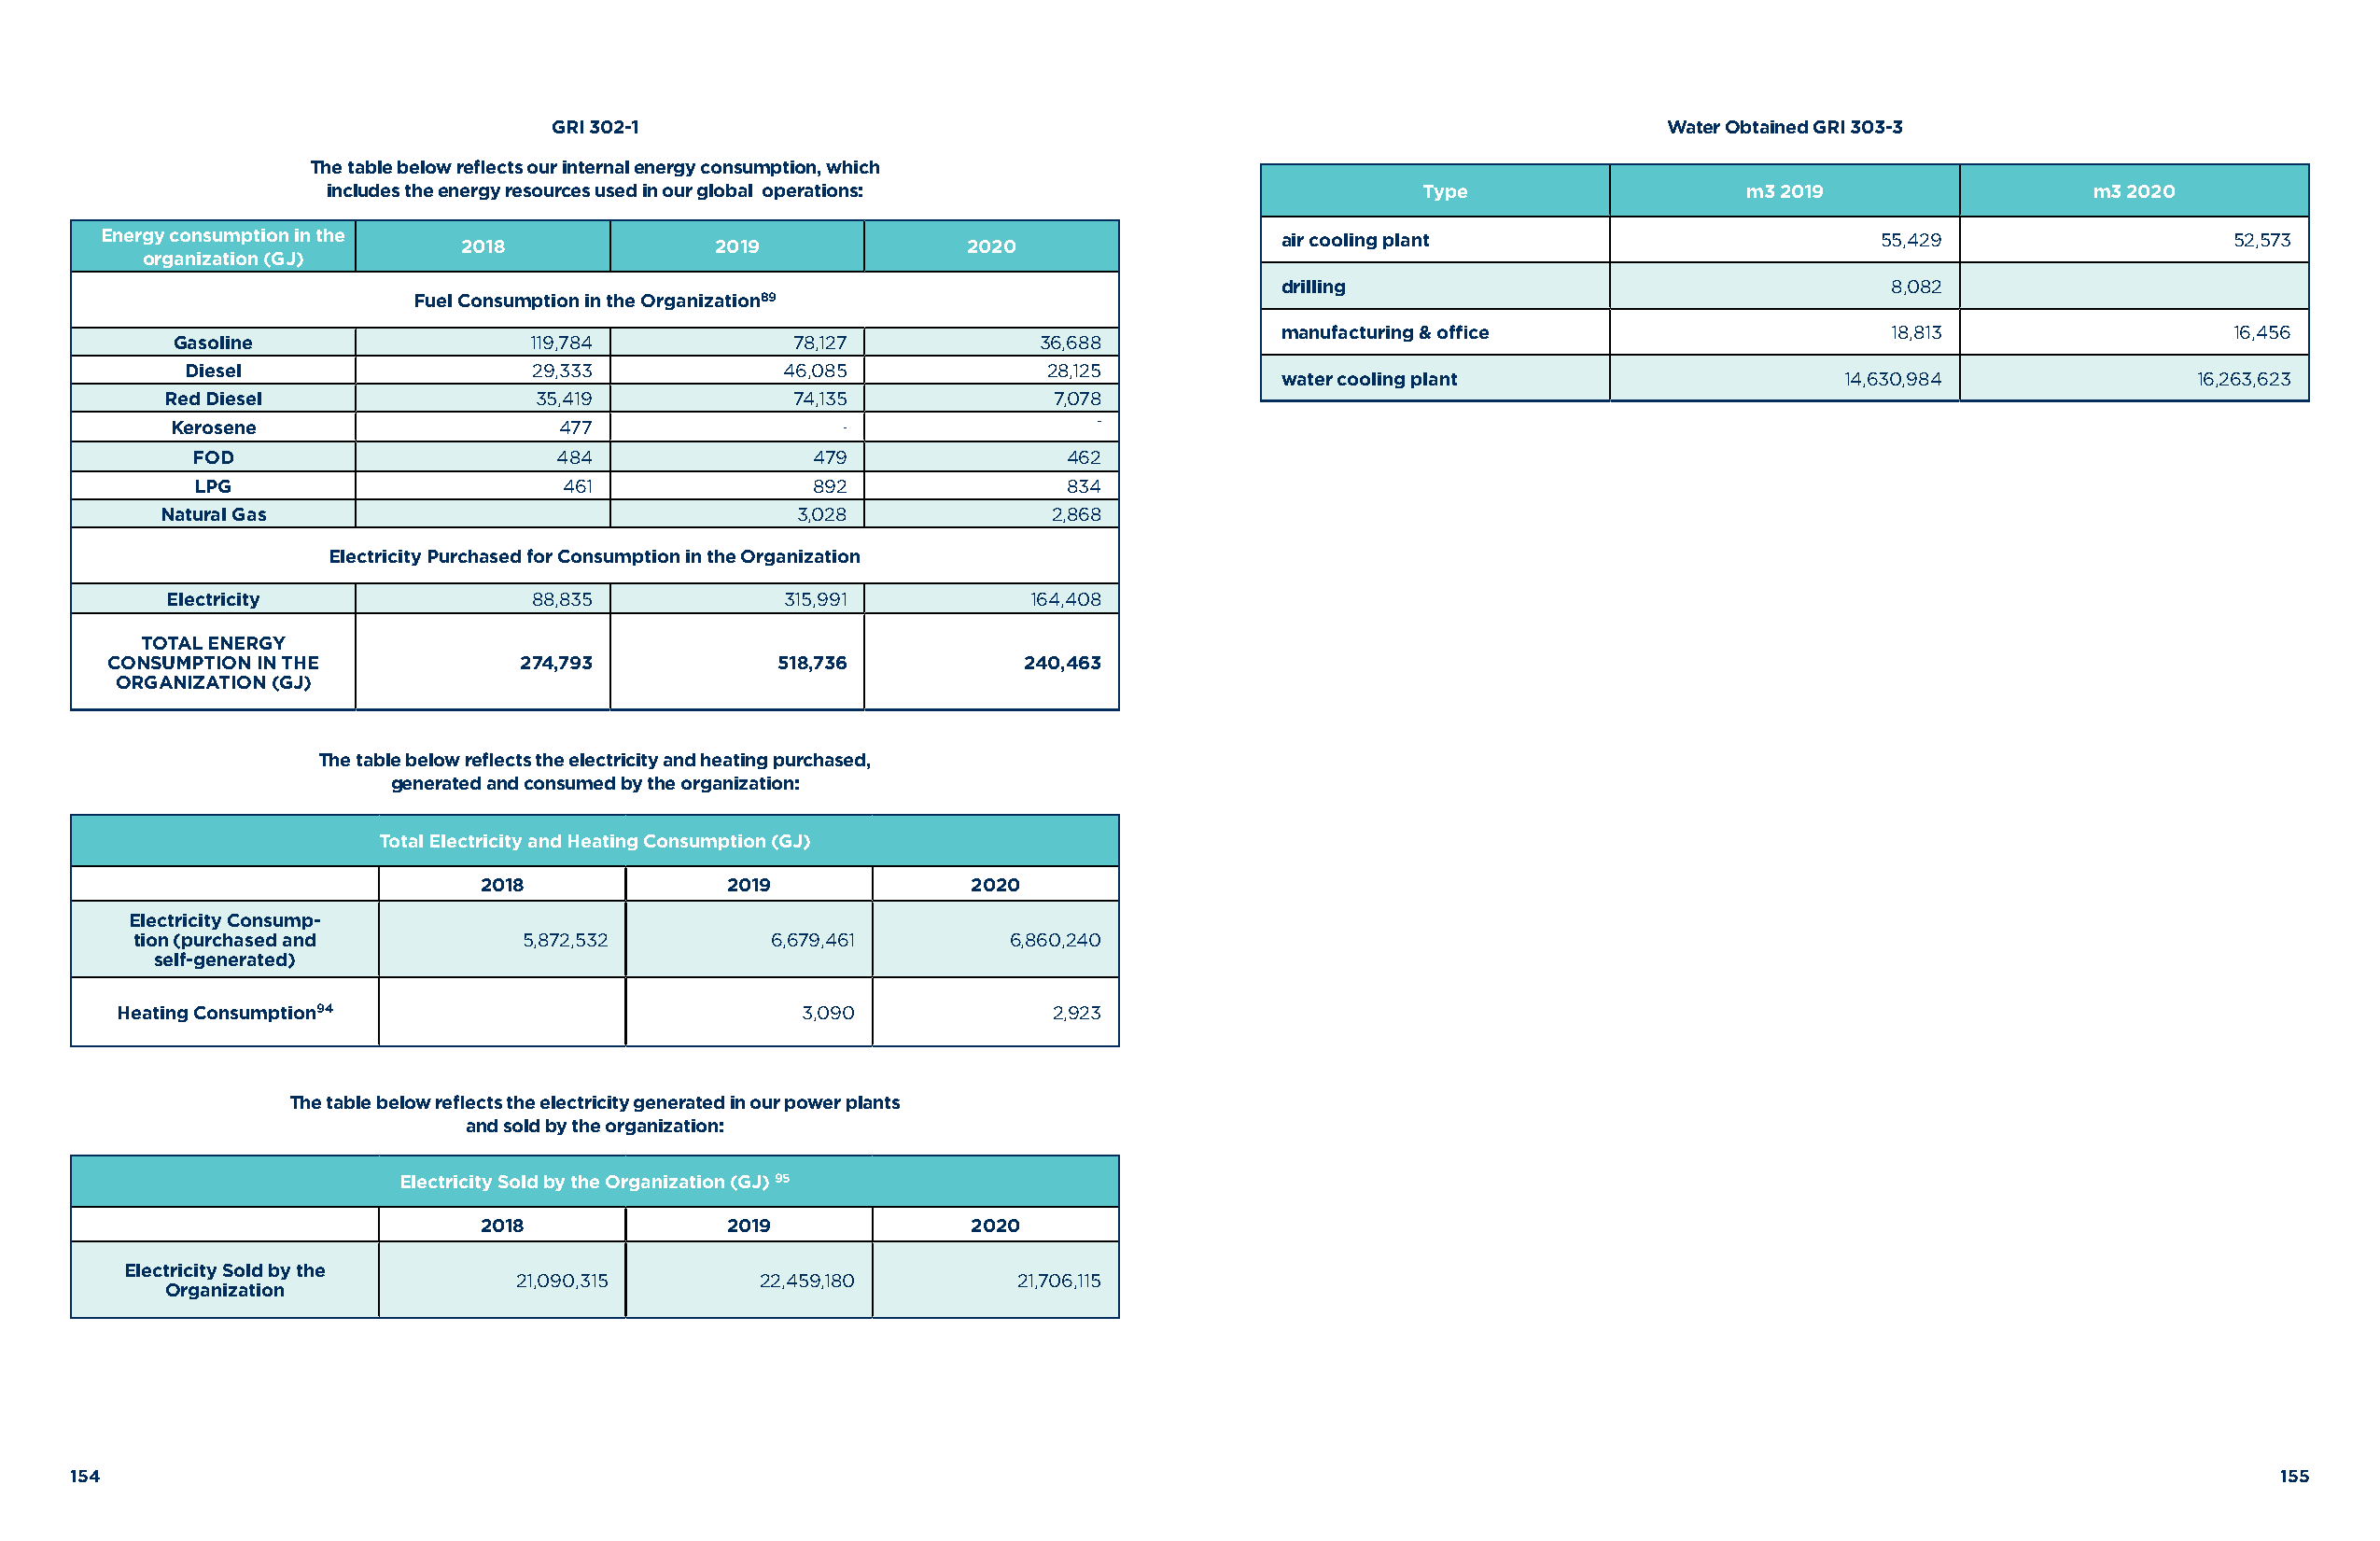
GRI 302-1                                                                      Water Obtained GRI 303-3
 The table below reflects our internal energy consumption, which
 includes the energy resources used in our global operations:                  Type                   m3 2019                 m3 2020
 Energy consumption in the                                                           air cooling plant                         55,429                   52,573
 2018              2019              2020
 organization (GJ)
 drilling                                   8,082
 Fuel Consumption in the Organization89
 manufacturing & office                     18,813                  16,456
 Gasoline                  119,784           78,127            36,688
 Diesel                   29,333            46,085            28,125
 water cooling plant                     14,630,984               16,263,623
 Red Diesel                35,419            74,135             7,078
 Kerosene                    477                 -                 -
 FOD                      484                479               462
 LPG                       461               892               834
 Natural Gas                                   3,028             2,868
 Electricity Purchased for Consumption in the Organization
 Electricity               88,835            315,991          164,408
 TOTAL ENERGY
 CONSUMPTION IN THE           274,793           518,736           240,463
 ORGANIZATION (GJ)
 The table below reflects the electricity and heating purchased,
 generated and consumed by the organization:
 Total Electricity and Heating Consumption (GJ)
 2018              2019             2020
 Electricity Consump-
 tion (purchased and         5,872,532         6,679,461        6,860,240
 self-generated)
 Heating Consumption94                            3,090             2,923
 The table below reflects the electricity generated in our power plants
 and sold by the organization:
 Electricity Sold by the Organization (GJ) 95
 2018              2019             2020
 Electricity Sold by the
 21,090,315       22,459,180        21,706,115
 Organization
 154                                                                                                                                                          155